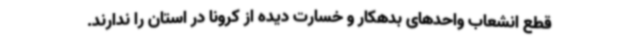
قطع انشعاب واحدهای بدهکار و خسارت دیده از کرونا در استان را ندارند.